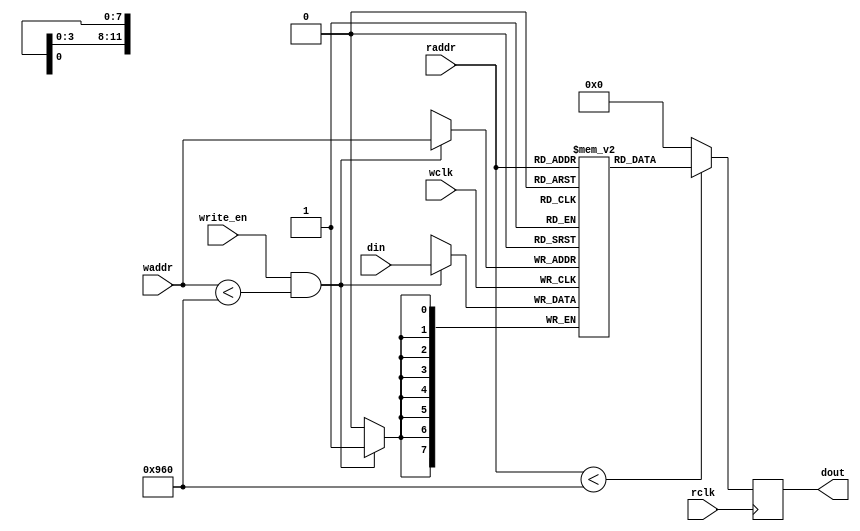
module VGA_Text_Buffer (
  din,
  write_en,
  waddr,
  wclk,
  raddr,
  rclk,
  dout
  ); //2400x8
  parameter addr_width = 12;
  parameter data_width = 8;
  input [data_width-1:0] din;
  input [addr_width-1:0] waddr, raddr;
  input write_en, wclk, rclk;
  output reg [data_width-1:0] dout;
  
  reg [data_width-1:0] mem [2399:0];
  
  always @(posedge wclk) // Write memory.
    if (write_en && waddr < 2400)
      mem[waddr] <= din; // Using write address bus.
  
  always @(posedge rclk) // Read memory.
    if (raddr < 2400)
      dout <= mem[raddr];  // Using read address bus.
    else
      dout <= 0;

endmodule